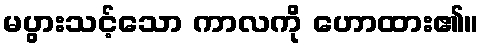
မပွားသင့်သော ကာလကို ဟောထား၏။